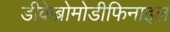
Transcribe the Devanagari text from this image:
डीकेब्रोमोडीफिनाइल